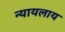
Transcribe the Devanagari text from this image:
न्यायलाय